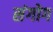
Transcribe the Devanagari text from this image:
संगोग